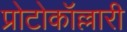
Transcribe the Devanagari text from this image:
प्रोटोकॉल्लारी